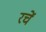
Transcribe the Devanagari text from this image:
रचें